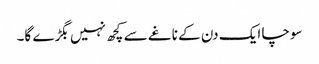
سوچا ایک دن کے ناغے سے کچھ نہیں بگڑے گا۔